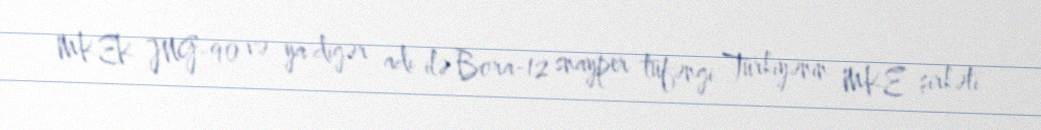
MKEK JNG-90 və ya digər adı ilə Bora-12 snayper tüfəngi Türkiyənin MKE şirkəti